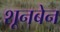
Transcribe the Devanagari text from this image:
शूनबेन